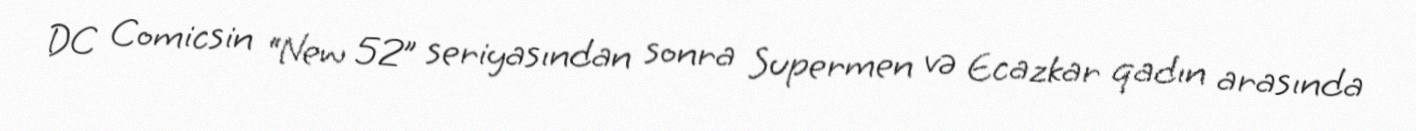
DC Comicsin “New 52” seriyasından sonra Supermen və Ecazkar qadın arasında